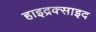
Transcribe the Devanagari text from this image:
हाइद्रक्साइद